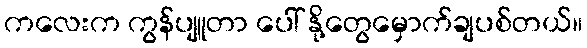
ကလေးက ကွန်ပျူတာ ပေါ် နို့တွေမှောက်ချပစ်တယ်။